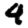
Digit: 4